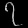
Digit: ၇